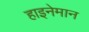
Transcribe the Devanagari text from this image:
हाइनेमान